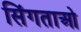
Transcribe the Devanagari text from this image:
सिंगताओ